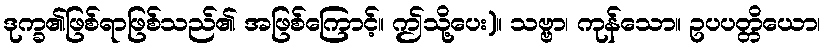
ဒုက္ခ၏ဖြစ်ရာဖြစ်သည်၏ အဖြစ်ကြောင့်။ ဤသို့ပေး)။ သဗ္ဗာ၊ ကုန်သော။ ဥပပတ္တိယော၊